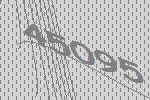
45095